Civil Veterinary Dept. Assam report 1927-50 - 1927-1950
Year: 1927
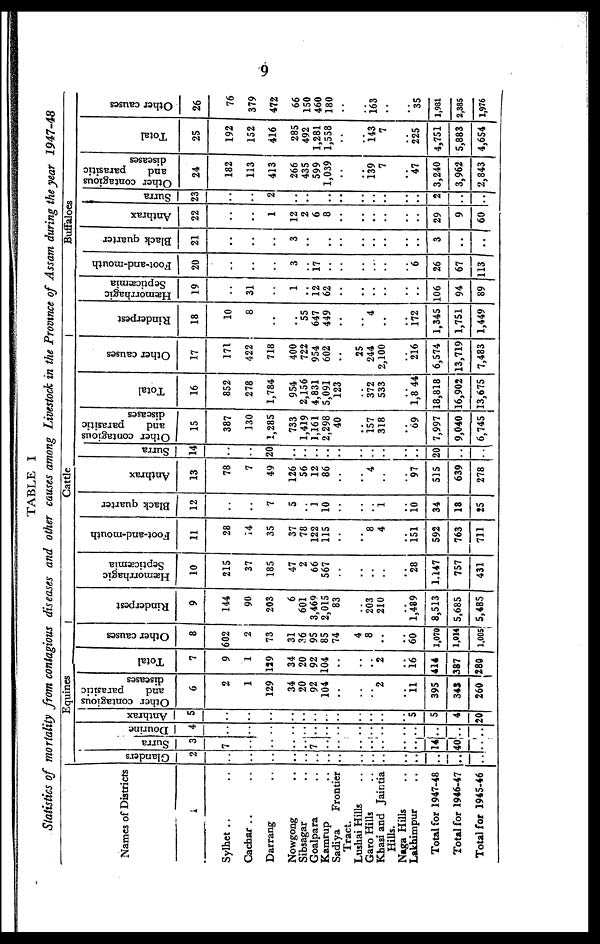
9
TABLE 1
Statistics of mortality from contagious diseases and other causes among Livestock in the Province of Assam during the year 1947-48
Names of Districts
1
Sylhet .. ..
Cachar .. ..
Darrang ..
Nowgong ..
Sibsagar ..
Goalpara ..
Kamrup ..
Sadiya
Frontier
Tract.
Lusliai Hills ..
Garo Hills ..
Khasi and Jaintia
Hills.
Naga Hills ..
Lakhimpur ..
Total for 1947-48
Total for 1946-47
Total for 1945-46
Equines
Glanders
2
..
..
..
..
..
..
..
..
..
..
..
..
..
..
..
..
Surra
3
7
..
..
..
..
7
..
..
..
..
..
..
..
14
40
..
Dourine
4
..
..
..
..
..
..
..
..
..
..
..
..
..
..
..
..
Anthrax
5
..
..
..
..
..
..
..
..
..
..
..
..
5
5
4
20
Other contagious
and
parasitic
diseases
6
2
1
129
34
20
92
104
..
..
..
2
..
11
395
343
260
Total
7
9
1
129
34
20
92
104
..
..
..
2
..
16
414
387
280
Other causes
8
602
2
73
31
36
95
85
74
4
8
..
..
60
1,070
1,014
1,005
Cattle
Rinderpest
9
144
90
203
6
601
3,469
2,015
83
..
203
210
..
1,489
8,513
5,685
5,485
Hæmorrhagic
Septicæmia
10
215
37
185
47
2
66
567
..
..
..
..
..
28
1.147
757
431
Foot-and-mouth
11
28
74
35
37
78
122
115
..
..
8
4
..
151
592
763
711
Black quarter
12
..
..
7
5
..
1
10
..
..
..
1
..
10
34
18
25
Anthrax
13
78
7
49
126
56
12
86
..
..
4
..
..
97
515
639
278
Surra
14
..
..
20
..
..
..
..
..
..
..
..
..
..
20
..
..
Other contagious
and
parasitic
diseases
15
387
130
1,285
733
1,419
1,161
2,298
40
..
157
318
..
69
7,997
9,040
6,745
Total
16
852
278
1,784
954
2,156
4,831
5,091
123
..
372
533
..
1,8 44
18,818
16,902
13,675
Other causes
17
171
422
718
400
722
954
602
..
25
244
2,100
..
216
6,574
13,719
7,483
Buffaloes
Rinderpest
18
10
8
..
..
55
647
449
..
..
4
..
..
172
1,345
1,751
1,449
Haemorrhagic
Septicaemia
19
..
31
..
1
..
12
62
..
..
..
..
..
..
106
94
89
Foot-and-mouth
20
..
..
..
3
..
17
..
..
..
..
..
..
6
26
67
113
Black quarter
21
..
..
..
3
..
..
..
..
..
..
..
..
..
..
3
..
..
Anthrax
22
..
..
1
12
2
6
8
..
..
..
..
..
..
29
9
60
Surra
23
..
..
2
..
..
..
..
..
..
..
..
..
..
2
..
..
Other contagious
and
parasitic
diseases
24
182
113
413
266
435
599
1,039
..
..
139
7
..
47
3,240
3,962
2,843
Total
25
192
152
416
285
492
1,281
1,558
..
..
143
7
..
225
4,751
5,883
4,654
Other causes
26
76
379
472
66
150
460
180
..
..
163
..
..
..
35
1,981
2,385
1,976